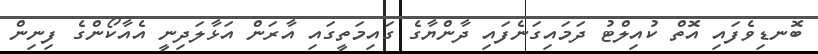
ބޮނޑިވެފައި އޮތް ކުއިލްޓު ދަމައިގަނެފައި ދާންޔާގެ ގައިމަތީގައި އާރަން އަޅާލަދިނީ އެއާކޯންގެ ފިނިން